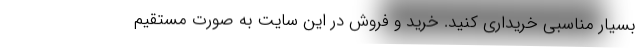
بسیار مناسبی خریداری کنید. خرید و فروش در این سایت به صورت مستقیم